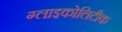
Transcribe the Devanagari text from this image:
ग्लाइकोलिटीक